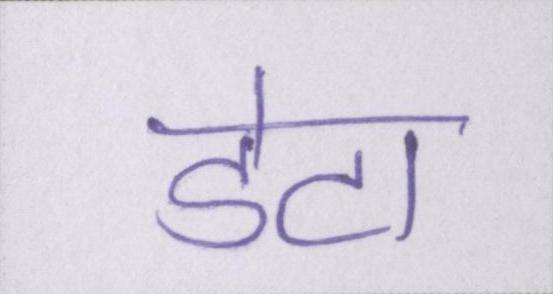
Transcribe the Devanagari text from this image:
डेटा